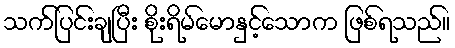
သက်ပြင်းချပြီး စိုးရိမ်မောနှင့်သောက ဖြစ်ရသည်။